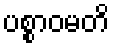
ပစ္စာဝမတိ